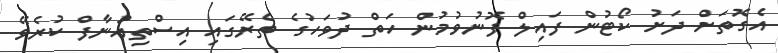
އެގޮތަށް ދަށު ކޯޓުން ފައިލް ފޮނުވުމުން ހަތް ދުވަހުގެ ތެރޭގައި އިސްތިއުނާފް ކުރެވޭ